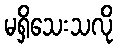
မရှိသေးသလို